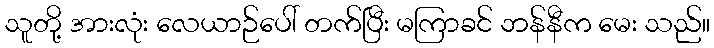
သူတို့ အားလုံး လေယာဉ်ပေါ် တက်ပြီး မကြာခင် ဘန်နီက မေး သည်။